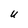
Character: U